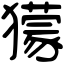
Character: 獴